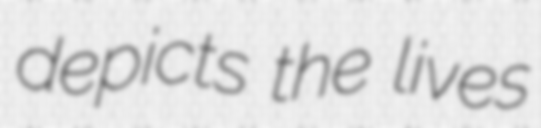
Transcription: depicts the lives